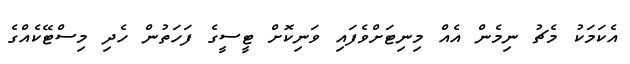
އެކަމަކު މެޗު ނިމެން އެއް މިނިޓަށްވެފައި ވަނިކޮށް ޓީސީގެ ފަހަތުން ހެދި މިސްޓޭކެއްގެ